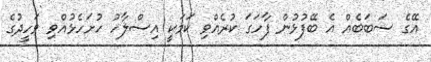
އޭގެ ސަބަބެއް އެ ބޭފުޅުން ފާހަގަ ކުރެއްވި ކަމަކީ އިސްލާހު ހުށަހެޅުއްވި ވަހީދުގެ